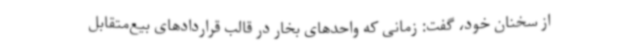
از سخنان خود، گفت: زمانی که واحدهای بخار در قالب قراردادهای بیع‌متقابل